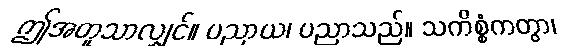
ဤအတူသာလျှင်။ ပညာယ၊ ပညာသည်။ သကိစ္စံကတွာ၊